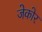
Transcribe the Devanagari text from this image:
जेकोर